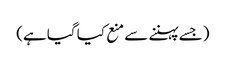
(جسے پہننے سے منع کیا گیا ہے)